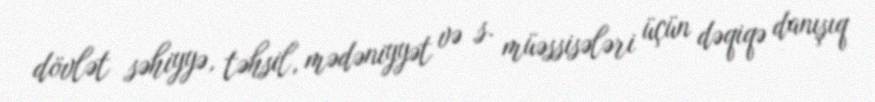
dövlət səhiyyə, təhsil, mədəniyyət və s. müəssisələri üçün dəqiqə danışıq